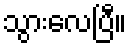
သွားလေပြီ။